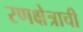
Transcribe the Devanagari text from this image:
रणक्षेत्राची